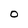
Character: O